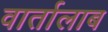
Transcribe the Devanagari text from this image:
वार्तालाब